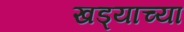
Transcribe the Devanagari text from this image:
खड्याच्या